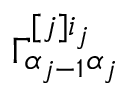
\Gamma _ { \alpha _ { j - 1 } \alpha _ { j } } ^ { [ j ] i _ { j } }